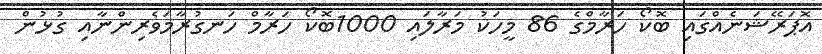
އޮޕަރޭޝަނެއްގައި ބޮކޯ ހަރާމްގެ 86 މީހަކު މަރާލައި 1000ބޮކޯ ހަރާމް ހަނގުރާމަވެރިންނާއި ގުޅުން